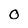
Character: O